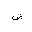
Letter: _dad